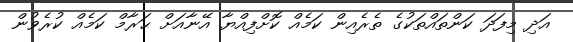
އަދި މިފަދަ ކަންތައްތަކުގެ ތެރެއިން ކަމެއް ކޮށްފިއްޔާ އޭނާއަށް ޙަރާމް ކަމެއް ކުރެވުން